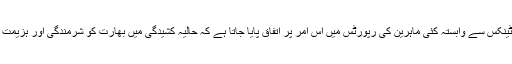
امریکی تھنک ٹینکس سے وابستہ کئی ماہرین کی رپورٹس میں اس امر پر اتفاق پایا جاتا ہے کہ حالیہ کشیدگی میں بھارت کو شرمندگی اور ہزیمت اُٹھانا پڑی ہے۔